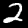
Digit: 2